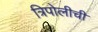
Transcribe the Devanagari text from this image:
त्रिपोलीची